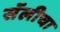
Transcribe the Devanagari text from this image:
सॅलीचा